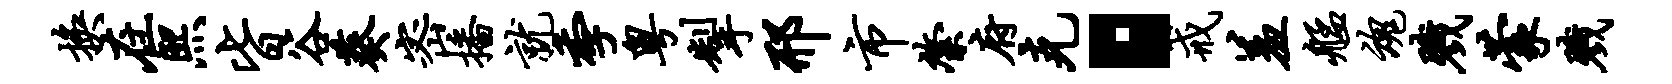
换在熙皆谷葵密播就季粤掣邢市綮府克·戒羞艋魂戮蒙戮